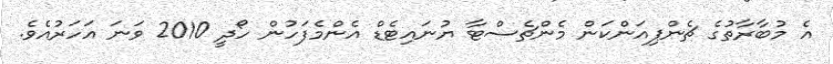
އެ މުބާރާތުގެ ޗެންޕިއަންކަން މެންޗެސްޓާ ޔުނައިޓެޑް އެންމެފަހުން ހޯދީ 2010 ވަނަ އަހަރުއެވެ.